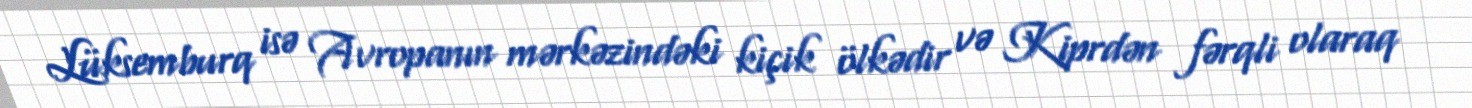
Lüksemburq isə Avropanın mərkəzindəki kiçik ölkədir və Kiprdən fərqli olaraq